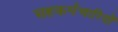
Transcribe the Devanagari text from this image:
सहकर्मचारियों